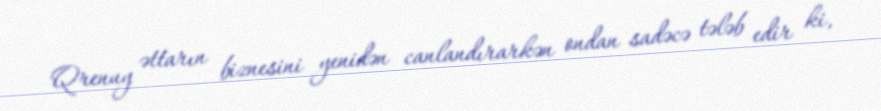
Qrenuy əttarın biznesini yenidən canlandırarkən ondan sadəcə tələb edir ki,